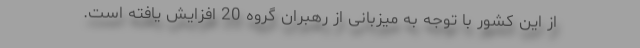
از این کشور با توجه به میزبانی از رهبران گروه 20 افزایش یافته است.